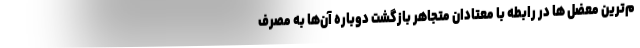
م‌ترین معضل ها در رابطه با معتادان متجاهر بازگشت دوباره آن‌ها به مصرف